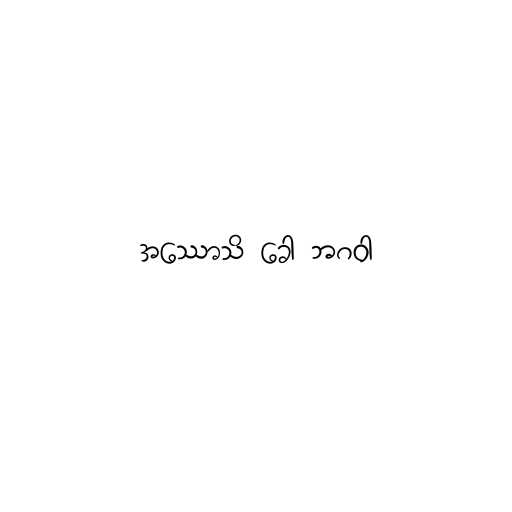
အဿောသိ ခေါ ဘဂဝါ